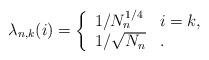
LaTeX: \begin{align*}\lambda_{n,k}(i)=\left\{\begin{array}{ll}1/N_n^{1/4} & i=k, \\1/\sqrt{N_n} & .\end{array}\right.\end{align*}